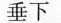
垂下